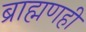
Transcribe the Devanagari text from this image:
ब्राह्मणही